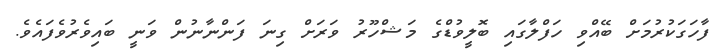
ފާހަގަކުރުމަށް ބޭއްވި ހަފްލާގައި ބޮލީވުޑްގެ މަޝްހޫރު ވަރަށް ގިނަ ފަންނާނުން ވަނީ ބައިވެރުވެފައެވެ.